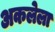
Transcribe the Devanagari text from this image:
अकलेला